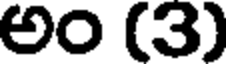
అం (3)